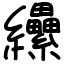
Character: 纝